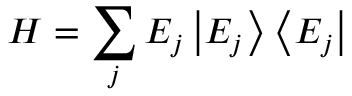
H = \sum _ { j } E _ { j } \left| E _ { j } \right\rangle \left\langle E _ { j } \right|